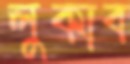
লুকাব